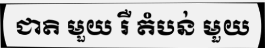
ជាតិ មួយ រឺ តំបន់ មួយ